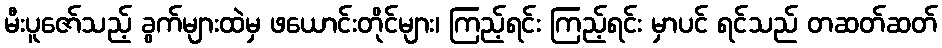
မီးပူဇော်သည့် ခွက်များထဲမှ ဖယောင်းတိုင်များ၊ ကြည့်ရင်း ကြည့်ရင်း မှာပင် ရင်သည် တဆတ်ဆတ်